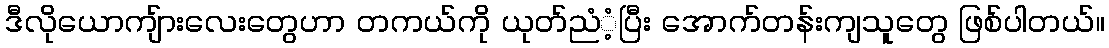
ဒီလိုယောကျ်ားလေးတွေဟာ တကယ်ကို ယုတ်ညံံ့ပြီး အောက်တန်းကျသူတွေ ဖြစ်ပါတယ်။